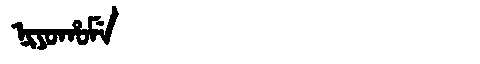
Manchu: ᠨᡳᠶᠣᡥᠣᠮᡝ
Romanization: NIYOHOME